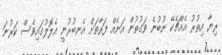
ރިޔާ އިތުރު އެއްޗެކޭ ނުބުނެ ވަގުތުން އަނެއް ފަރާތަށް އެނބުރުނީ އެލޮލުގައިވެސް ކަރުނަ